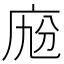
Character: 𢈑